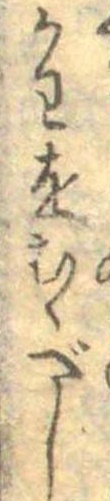
かわをむくべし